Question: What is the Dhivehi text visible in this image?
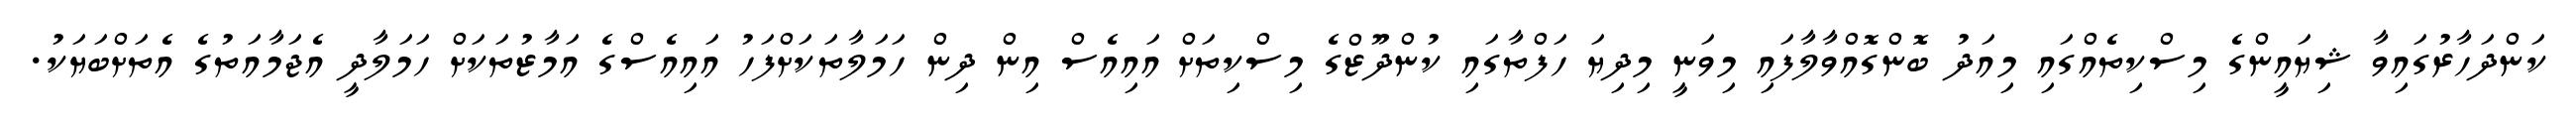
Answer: ކަންދަހާރުގައިވާ ޝިޔައީންގެ މިސްކިތެއްގައި މިއަދު ބޮންގޮއްވާލާފައި މިވަނީ މިދިޔަ ހަފްތާގައި ކުންދޫޒްގެ މިސްކިތަށް އައިއެސް އިން ދިން ހަމަލާތަކަށްފަހު އައިއެސްގެ އަމާޒުތަކަށް ހަމަލާދީ އެޖަމާއަތުގެ އެތަށްބަޔަކު.